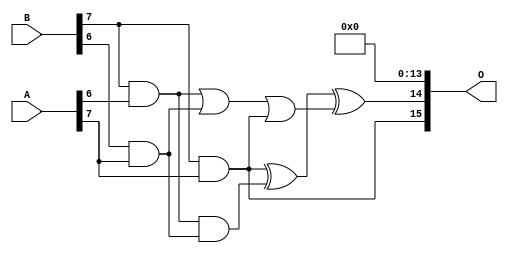
/***
* This code is a part of EvoApproxLib library (ehw.fit.vutbr.cz/approxlib) distributed under The MIT License.
* When used, please cite the following article(s): PRABAKARAN B. S., MRAZEK V., VASICEK Z., SEKANINA L., SHAFIQUE M. ApproxFPGAs: Embracing ASIC-based Approximate Arithmetic Components for FPGA-Based Systems. DAC 2020. 
***/
// MAE% = 0.0041 %
// MAE = 175888 
// WCE% = 0.022 %
// WCE = 951245 
// WCRE% = 300.00 %
// EP% = 99.99 %
// MRE% = 0.20 %
// MSE = 46853.997e6 
// FPGA_POWER = 2.9
// FPGA_DELAY = 13
// FPGA_LUT = 158

module mult8_cgp14ep_ep65536_wc16384_2_csamcsa (
    A,
    B,
    O
);

input [7:0] A;
input [7:0] B;
output [15:0] O;

wire sig_225,sig_267,sig_268,sig_299,sig_300,sig_302,sig_328,sig_331;

assign sig_225 = B[7] & A[6];
assign sig_267 = B[6] & A[7];
assign sig_268 = B[7] & A[7];
assign sig_299 = sig_225 | sig_267;
assign sig_300 = sig_225 & sig_267;
assign sig_302 = sig_299 | sig_268;
assign sig_328 = sig_268 ^ sig_300;
assign sig_331 = sig_328 ^ sig_302;

assign O[15] = sig_268;
assign O[14] = sig_331;
assign O[13] = 1'b0;
assign O[12] = 1'b0;
assign O[11] = 1'b0;
assign O[10] = 1'b0;
assign O[9] = 1'b0;
assign O[8] = 1'b0;
assign O[7] = 1'b0;
assign O[6] = 1'b0;
assign O[5] = 1'b0;
assign O[4] = 1'b0;
assign O[3] = 1'b0;
assign O[2] = 1'b0;
assign O[1] = 1'b0;
assign O[0] = 1'b0;

endmodule

module mult8_cgp14zr_wc1805_rcam (
    A,
    B,
    O
);

input [7:0] A;
input [7:0] B;
output [15:0] O;

wire sig_73,sig_118,sig_146,sig_151,sig_152,sig_161,sig_162,sig_163,sig_190,sig_191,sig_193,sig_194,sig_195,sig_196,sig_197,sig_198,sig_199,sig_200,sig_205,sig_206;
wire sig_207,sig_208,sig_226,sig_227,sig_231,sig_232,sig_234,sig_235,sig_236,sig_237,sig_238,sig_239,sig_240,sig_241,sig_242,sig_243,sig_244,sig_245,sig_249,sig_250;
wire sig_251,sig_252,sig_253,sig_263,sig_271,sig_272,sig_273,sig_274,sig_275,sig_276,sig_278,sig_279,sig_280,sig_281,sig_282,sig_283,sig_284,sig_285,sig_286,sig_287;
wire sig_288,sig_289,sig_290,sig_293,sig_294,sig_295,sig_296,sig_297,sig_298,sig_306,sig_307,sig_311,sig_312,sig_313,sig_314,sig_315,sig_316,sig_317,sig_318,sig_319;
wire sig_320,sig_321,sig_322,sig_323,sig_324,sig_325,sig_326,sig_327,sig_328,sig_329,sig_330,sig_331,sig_332,sig_333,sig_334,sig_335;

assign sig_73 = B[7] & A[2];
assign sig_118 = B[7] & A[3];
assign sig_146 = A[3] & B[6];
assign sig_151 = sig_73 ^ sig_118;
assign sig_152 = sig_73 & A[3];
assign sig_161 = B[5] & A[4];
assign sig_162 = B[6] & A[4];
assign sig_163 = B[7] & A[4];
assign sig_190 = sig_162 | sig_146;
assign sig_191 = sig_151 ^ sig_162;
assign sig_193 = sig_151 & sig_146;
assign sig_194 = sig_191 ^ sig_190;
assign sig_195 = sig_162 | sig_193;
assign sig_196 = sig_152 ^ sig_163;
assign sig_197 = sig_152 & sig_163;
assign sig_198 = sig_163 & sig_195;
assign sig_199 = sig_196 ^ sig_195;
assign sig_200 = sig_197 | sig_198;
assign sig_205 = B[4] & A[5];
assign sig_206 = B[5] & A[5];
assign sig_207 = B[6] & A[5];
assign sig_208 = B[7] & A[5];
assign sig_226 = sig_161 | sig_205;
assign sig_227 = sig_161 & sig_205;
assign sig_231 = sig_194 ^ sig_206;
assign sig_232 = sig_194 & sig_206;
assign sig_234 = sig_231 ^ sig_227;
assign sig_235 = sig_232 | sig_227;
assign sig_236 = sig_199 ^ sig_207;
assign sig_237 = sig_199 & sig_207;
assign sig_238 = sig_236 & sig_235;
assign sig_239 = sig_236 ^ sig_235;
assign sig_240 = sig_237 | sig_238;
assign sig_241 = sig_200 ^ sig_208;
assign sig_242 = sig_200 & sig_208;
assign sig_243 = sig_208 & sig_240;
assign sig_244 = sig_241 ^ sig_240;
assign sig_245 = sig_242 | sig_243;
assign sig_249 = B[3] & A[6];
assign sig_250 = B[4] & A[6];
assign sig_251 = B[5] & A[6];
assign sig_252 = B[6] & A[6];
assign sig_253 = B[7] & A[6];
assign sig_263 = sig_239 & sig_251;
assign sig_271 = sig_234 ^ sig_250;
assign sig_272 = sig_234 & sig_250;
assign sig_273 = sig_271 & sig_249;
assign sig_274 = sig_271 ^ sig_249;
assign sig_275 = sig_272 | sig_273;
assign sig_276 = sig_239 ^ sig_251;
assign sig_278 = sig_276 & sig_275;
assign sig_279 = sig_276 ^ sig_275;
assign sig_280 = sig_263 | sig_278;
assign sig_281 = sig_244 ^ sig_252;
assign sig_282 = sig_244 & sig_252;
assign sig_283 = sig_281 & sig_280;
assign sig_284 = sig_281 ^ sig_280;
assign sig_285 = sig_282 | sig_283;
assign sig_286 = sig_245 ^ sig_253;
assign sig_287 = sig_245 & A[6];
assign sig_288 = sig_253 & sig_285;
assign sig_289 = sig_286 ^ sig_285;
assign sig_290 = sig_287 | sig_288;
assign sig_293 = B[2] & A[7];
assign sig_294 = B[3] & A[7];
assign sig_295 = B[4] & A[7];
assign sig_296 = B[5] & A[7];
assign sig_297 = B[6] & A[7];
assign sig_298 = B[7] & A[7];
assign sig_306 = sig_226 | sig_293;
assign sig_307 = sig_226 & sig_293;
assign sig_311 = sig_274 ^ sig_294;
assign sig_312 = sig_274 & sig_294;
assign sig_313 = sig_311 & sig_307;
assign sig_314 = sig_311 ^ sig_307;
assign sig_315 = sig_312 | sig_313;
assign sig_316 = sig_279 ^ sig_295;
assign sig_317 = sig_279 & sig_295;
assign sig_318 = sig_316 & sig_315;
assign sig_319 = sig_316 ^ sig_315;
assign sig_320 = sig_317 | sig_318;
assign sig_321 = sig_284 ^ sig_296;
assign sig_322 = sig_284 & sig_296;
assign sig_323 = sig_321 & sig_320;
assign sig_324 = sig_321 ^ sig_320;
assign sig_325 = sig_322 | sig_323;
assign sig_326 = sig_289 ^ sig_297;
assign sig_327 = sig_289 & sig_297;
assign sig_328 = sig_326 & sig_325;
assign sig_329 = sig_326 ^ sig_325;
assign sig_330 = sig_327 | sig_328;
assign sig_331 = sig_290 ^ sig_298;
assign sig_332 = sig_290 & A[7];
assign sig_333 = sig_298 & sig_330;
assign sig_334 = sig_331 ^ sig_330;
assign sig_335 = sig_332 | sig_333;

assign O[15] = sig_335;
assign O[14] = sig_334;
assign O[13] = sig_329;
assign O[12] = sig_324;
assign O[11] = sig_319;
assign O[10] = sig_314;
assign O[9] = sig_306;
assign O[8] = 1'b0;
assign O[7] = 1'b0;
assign O[6] = sig_306;
assign O[5] = 1'b0;
assign O[4] = 1'b0;
assign O[3] = sig_252;
assign O[2] = sig_329;
assign O[1] = sig_252;
assign O[0] = sig_314;

endmodule

module mult8_cgp14zr_wc1925_rcam (
    A,
    B,
    O
);

input [7:0] A;
input [7:0] B;
output [15:0] O;

wire sig_72,sig_118,sig_147,sig_151,sig_152,sig_153,sig_154,sig_155,sig_161,sig_162,sig_163,sig_191,sig_192,sig_193,sig_194,sig_195,sig_196,sig_197,sig_198,sig_199;
wire sig_200,sig_205,sig_206,sig_207,sig_208,sig_231,sig_232,sig_236,sig_237,sig_238,sig_239,sig_240,sig_241,sig_242,sig_243,sig_244,sig_245,sig_249,sig_250,sig_251;
wire sig_252,sig_253,sig_271,sig_272,sig_273,sig_274,sig_275,sig_276,sig_277,sig_278,sig_279,sig_280,sig_281,sig_282,sig_283,sig_284,sig_285,sig_286,sig_287,sig_288;
wire sig_289,sig_290,sig_295,sig_296,sig_297,sig_298,sig_307,sig_316,sig_317,sig_318,sig_319,sig_320,sig_321,sig_322,sig_323,sig_324,sig_325,sig_326,sig_327,sig_328;
wire sig_329,sig_330,sig_331,sig_332,sig_333,sig_334,sig_335;

assign sig_72 = B[7] & A[2];
assign sig_118 = B[7] & A[3];
assign sig_147 = B[6] & A[3];
assign sig_151 = sig_72 ^ sig_118;
assign sig_152 = sig_72 & A[3];
assign sig_153 = B[7] & sig_147;
assign sig_154 = sig_151 ^ sig_147;
assign sig_155 = sig_152 | sig_153;
assign sig_161 = B[5] & A[4];
assign sig_162 = B[6] & A[4];
assign sig_163 = B[7] & A[4];
assign sig_191 = sig_154 ^ sig_162;
assign sig_192 = sig_154 & sig_162;
assign sig_193 = sig_191 & sig_161;
assign sig_194 = sig_191 ^ sig_161;
assign sig_195 = sig_192 | sig_193;
assign sig_196 = sig_155 ^ sig_163;
assign sig_197 = sig_155 & sig_163;
assign sig_198 = B[7] & sig_195;
assign sig_199 = sig_196 ^ sig_195;
assign sig_200 = sig_197 | sig_198;
assign sig_205 = B[4] & A[5];
assign sig_206 = B[5] & A[5];
assign sig_207 = B[6] & A[5];
assign sig_208 = B[7] & A[5];
assign sig_231 = sig_194 ^ sig_206;
assign sig_232 = sig_194 & sig_206;
assign sig_236 = sig_199 ^ sig_207;
assign sig_237 = sig_199 & sig_207;
assign sig_238 = sig_236 & sig_232;
assign sig_239 = sig_236 ^ sig_232;
assign sig_240 = sig_237 | sig_238;
assign sig_241 = sig_200 ^ sig_208;
assign sig_242 = sig_200 & sig_208;
assign sig_243 = B[7] & sig_240;
assign sig_244 = sig_241 ^ sig_240;
assign sig_245 = sig_242 | sig_243;
assign sig_249 = B[2] & A[6];
assign sig_250 = B[4] & A[6];
assign sig_251 = B[5] & A[6];
assign sig_252 = B[6] & A[6];
assign sig_253 = B[7] & A[6];
assign sig_271 = sig_231 ^ sig_250;
assign sig_272 = sig_231 & sig_250;
assign sig_273 = sig_271 & sig_249;
assign sig_274 = sig_271 ^ sig_249;
assign sig_275 = sig_272 | sig_273;
assign sig_276 = sig_239 ^ sig_251;
assign sig_277 = sig_239 & sig_251;
assign sig_278 = sig_276 & sig_275;
assign sig_279 = sig_276 ^ sig_275;
assign sig_280 = sig_277 | sig_278;
assign sig_281 = sig_244 ^ sig_252;
assign sig_282 = sig_244 & sig_252;
assign sig_283 = sig_281 & sig_280;
assign sig_284 = sig_281 ^ sig_280;
assign sig_285 = sig_282 | sig_283;
assign sig_286 = sig_245 ^ sig_253;
assign sig_287 = sig_245 & sig_253;
assign sig_288 = sig_253 & sig_285;
assign sig_289 = sig_286 ^ sig_285;
assign sig_290 = sig_287 | sig_288;
assign sig_295 = B[4] & A[7];
assign sig_296 = B[5] & A[7];
assign sig_297 = B[6] & A[7];
assign sig_298 = B[7] & A[7];
assign sig_307 = A[7] & B[3];
assign sig_316 = sig_279 ^ sig_295;
assign sig_317 = sig_279 & sig_295;
assign sig_318 = sig_316 & sig_307;
assign sig_319 = sig_316 ^ sig_307;
assign sig_320 = sig_317 | sig_318;
assign sig_321 = sig_284 ^ sig_296;
assign sig_322 = sig_284 & sig_296;
assign sig_323 = sig_321 & sig_320;
assign sig_324 = sig_321 ^ sig_320;
assign sig_325 = sig_322 | sig_323;
assign sig_326 = sig_289 ^ sig_297;
assign sig_327 = sig_289 & sig_297;
assign sig_328 = sig_326 & sig_325;
assign sig_329 = sig_326 ^ sig_325;
assign sig_330 = sig_327 | sig_328;
assign sig_331 = sig_290 ^ sig_298;
assign sig_332 = sig_290 & A[7];
assign sig_333 = sig_298 & sig_330;
assign sig_334 = sig_331 ^ sig_330;
assign sig_335 = sig_332 | sig_333;

assign O[15] = sig_335;
assign O[14] = sig_334;
assign O[13] = sig_329;
assign O[12] = sig_324;
assign O[11] = sig_319;
assign O[10] = sig_274;
assign O[9] = sig_205;
assign O[8] = sig_205;
assign O[7] = 1'b0;
assign O[6] = 1'b0;
assign O[5] = sig_250;
assign O[4] = 1'b0;
assign O[3] = sig_194;
assign O[2] = sig_163;
assign O[1] = sig_205;
assign O[0] = 1'b0;

endmodule



module mul8_364(A, B, O);
  input [7:0] A;
  input [7:0] B;
  output [15:0] O;
  wire [2031:0] N;

  assign N[0] = A[0];
  assign N[1] = A[0];
  assign N[2] = A[1];
  assign N[3] = A[1];
  assign N[4] = A[2];
  assign N[5] = A[2];
  assign N[6] = A[3];
  assign N[7] = A[3];
  assign N[8] = A[4];
  assign N[9] = A[4];
  assign N[10] = A[5];
  assign N[11] = A[5];
  assign N[12] = A[6];
  assign N[13] = A[6];
  assign N[14] = A[7];
  assign N[15] = A[7];
  assign N[16] = B[0];
  assign N[17] = B[0];
  assign N[18] = B[1];
  assign N[19] = B[1];
  assign N[20] = B[2];
  assign N[21] = B[2];
  assign N[22] = B[3];
  assign N[23] = B[3];
  assign N[24] = B[4];
  assign N[25] = B[4];
  assign N[26] = B[5];
  assign N[27] = B[5];
  assign N[28] = B[6];
  assign N[29] = B[6];
  assign N[30] = B[7];
  assign N[31] = B[7];

  PDKGENAND2X1 n32(.A(N[0]), .B(N[16]), .Y(N[32]));
  PDKGENAND2X1 n48(.A(N[2]), .B(N[16]), .Y(N[48]));
  PDKGENAND2X1 n64(.A(N[4]), .B(N[16]), .Y(N[64]));
  PDKGENAND2X1 n82(.A(N[6]), .B(N[16]), .Y(N[82]));
  PDKGENAND2X1 n98(.A(N[8]), .B(N[16]), .Y(N[98]));
  PDKGENAND2X1 n114(.A(N[10]), .B(N[16]), .Y(N[114]));
  PDKGENAND2X1 n132(.A(N[12]), .B(N[16]), .Y(N[132]));
  PDKGENAND2X1 n148(.A(N[14]), .B(N[16]), .Y(N[148]));
  assign N[149] = N[148];
  PDKGENAND2X1 n164(.A(N[0]), .B(N[18]), .Y(N[164]));
  PDKGENBUFX2 n166(.A(N[149]), .Y(N[166]));
  assign N[167] = N[166];
  PDKGENAND2X1 n182(.A(N[2]), .B(N[18]), .Y(N[182]));
  PDKGENAND2X1 n198(.A(N[4]), .B(N[18]), .Y(N[198]));
  PDKGENAND2X1 n214(.A(N[6]), .B(N[18]), .Y(N[214]));
  PDKGENAND2X1 n232(.A(N[8]), .B(N[18]), .Y(N[232]));
  PDKGENAND2X1 n248(.A(N[10]), .B(N[18]), .Y(N[248]));
  PDKGENAND2X1 n264(.A(N[12]), .B(N[18]), .Y(N[264]));
  PDKGENAND2X1 n282(.A(N[14]), .B(N[18]), .Y(N[282]));
  PDKGENHAX1 n298(.A(N[48]), .B(N[164]), .YS(N[298]), .YC(N[299]));
  PDKGENHAX1 n314(.A(N[64]), .B(N[182]), .YS(N[314]), .YC(N[315]));
  PDKGENHAX1 n332(.A(N[82]), .B(N[198]), .YS(N[332]), .YC(N[333]));
  PDKGENHAX1 n348(.A(N[98]), .B(N[214]), .YS(N[348]), .YC(N[349]));
  PDKGENHAX1 n364(.A(N[114]), .B(N[232]), .YS(N[364]), .YC(N[365]));
  PDKGENHAX1 n382(.A(N[132]), .B(N[248]), .YS(N[382]), .YC(N[383]));
  PDKGENHAX1 n398(.A(N[167]), .B(N[264]), .YS(N[398]), .YC(N[399]));
  PDKGENAND2X1 n414(.A(N[0]), .B(N[20]), .Y(N[414]));
  PDKGENAND2X1 n432(.A(N[2]), .B(N[20]), .Y(N[432]));
  PDKGENAND2X1 n448(.A(N[4]), .B(N[20]), .Y(N[448]));
  PDKGENAND2X1 n464(.A(N[6]), .B(N[20]), .Y(N[464]));
  PDKGENAND2X1 n482(.A(N[8]), .B(N[20]), .Y(N[482]));
  PDKGENAND2X1 n498(.A(N[10]), .B(N[20]), .Y(N[498]));
  PDKGENAND2X1 n514(.A(N[12]), .B(N[20]), .Y(N[514]));
  PDKGENAND2X1 n532(.A(N[14]), .B(N[20]), .Y(N[532]));
  PDKGENFAX1 n548(.A(N[314]), .B(N[414]), .C(N[299]), .YS(N[548]), .YC(N[549]));
  PDKGENFAX1 n564(.A(N[332]), .B(N[432]), .C(N[315]), .YS(N[564]), .YC(N[565]));
  PDKGENFAX1 n582(.A(N[348]), .B(N[448]), .C(N[333]), .YS(N[582]), .YC(N[583]));
  PDKGENFAX1 n598(.A(N[364]), .B(N[464]), .C(N[349]), .YS(N[598]), .YC(N[599]));
  PDKGENFAX1 n614(.A(N[382]), .B(N[482]), .C(N[365]), .YS(N[614]), .YC(N[615]));
  PDKGENFAX1 n632(.A(N[398]), .B(N[498]), .C(N[383]), .YS(N[632]), .YC(N[633]));
  PDKGENFAX1 n648(.A(N[282]), .B(N[514]), .C(N[399]), .YS(N[648]), .YC(N[649]));
  PDKGENAND2X1 n664(.A(N[0]), .B(N[22]), .Y(N[664]));
  PDKGENAND2X1 n682(.A(N[2]), .B(N[22]), .Y(N[682]));
  PDKGENAND2X1 n698(.A(N[4]), .B(N[22]), .Y(N[698]));
  PDKGENAND2X1 n714(.A(N[6]), .B(N[22]), .Y(N[714]));
  PDKGENAND2X1 n732(.A(N[8]), .B(N[22]), .Y(N[732]));
  PDKGENAND2X1 n748(.A(N[10]), .B(N[22]), .Y(N[748]));
  PDKGENAND2X1 n764(.A(N[12]), .B(N[22]), .Y(N[764]));
  PDKGENAND2X1 n782(.A(N[14]), .B(N[22]), .Y(N[782]));
  PDKGENFAX1 n798(.A(N[564]), .B(N[664]), .C(N[549]), .YS(N[798]), .YC(N[799]));
  PDKGENFAX1 n814(.A(N[582]), .B(N[682]), .C(N[565]), .YS(N[814]), .YC(N[815]));
  PDKGENFAX1 n832(.A(N[598]), .B(N[698]), .C(N[583]), .YS(N[832]), .YC(N[833]));
  PDKGENFAX1 n848(.A(N[614]), .B(N[714]), .C(N[599]), .YS(N[848]), .YC(N[849]));
  PDKGENFAX1 n864(.A(N[632]), .B(N[732]), .C(N[615]), .YS(N[864]), .YC(N[865]));
  PDKGENFAX1 n882(.A(N[648]), .B(N[748]), .C(N[633]), .YS(N[882]), .YC(N[883]));
  PDKGENFAX1 n898(.A(N[532]), .B(N[764]), .C(N[649]), .YS(N[898]), .YC(N[899]));
  PDKGENAND2X1 n914(.A(N[0]), .B(N[24]), .Y(N[914]));
  PDKGENAND2X1 n932(.A(N[2]), .B(N[24]), .Y(N[932]));
  PDKGENAND2X1 n948(.A(N[4]), .B(N[24]), .Y(N[948]));
  PDKGENAND2X1 n964(.A(N[6]), .B(N[24]), .Y(N[964]));
  PDKGENAND2X1 n982(.A(N[8]), .B(N[24]), .Y(N[982]));
  PDKGENAND2X1 n998(.A(N[10]), .B(N[24]), .Y(N[998]));
  PDKGENAND2X1 n1014(.A(N[12]), .B(N[24]), .Y(N[1014]));
  PDKGENAND2X1 n1032(.A(N[14]), .B(N[24]), .Y(N[1032]));
  PDKGENFAX1 n1048(.A(N[814]), .B(N[914]), .C(N[799]), .YS(N[1048]), .YC(N[1049]));
  PDKGENFAX1 n1064(.A(N[832]), .B(N[932]), .C(N[815]), .YS(N[1064]), .YC(N[1065]));
  PDKGENFAX1 n1082(.A(N[848]), .B(N[948]), .C(N[833]), .YS(N[1082]), .YC(N[1083]));
  PDKGENFAX1 n1098(.A(N[864]), .B(N[964]), .C(N[849]), .YS(N[1098]), .YC(N[1099]));
  PDKGENFAX1 n1114(.A(N[882]), .B(N[982]), .C(N[865]), .YS(N[1114]), .YC(N[1115]));
  PDKGENFAX1 n1132(.A(N[898]), .B(N[998]), .C(N[883]), .YS(N[1132]), .YC(N[1133]));
  PDKGENFAX1 n1148(.A(N[782]), .B(N[1014]), .C(N[899]), .YS(N[1148]), .YC(N[1149]));
  PDKGENAND2X1 n1164(.A(N[0]), .B(N[26]), .Y(N[1164]));
  PDKGENAND2X1 n1182(.A(N[2]), .B(N[26]), .Y(N[1182]));
  PDKGENAND2X1 n1198(.A(N[4]), .B(N[26]), .Y(N[1198]));
  PDKGENAND2X1 n1214(.A(N[6]), .B(N[26]), .Y(N[1214]));
  PDKGENAND2X1 n1232(.A(N[8]), .B(N[26]), .Y(N[1232]));
  PDKGENAND2X1 n1248(.A(N[10]), .B(N[26]), .Y(N[1248]));
  PDKGENAND2X1 n1264(.A(N[12]), .B(N[26]), .Y(N[1264]));
  PDKGENAND2X1 n1282(.A(N[14]), .B(N[26]), .Y(N[1282]));
  PDKGENFAX1 n1298(.A(N[1064]), .B(N[1164]), .C(N[1049]), .YS(N[1298]), .YC(N[1299]));
  PDKGENFAX1 n1314(.A(N[1082]), .B(N[1182]), .C(N[1065]), .YS(N[1314]), .YC(N[1315]));
  PDKGENFAX1 n1332(.A(N[1098]), .B(N[1198]), .C(N[1083]), .YS(N[1332]), .YC(N[1333]));
  PDKGENFAX1 n1348(.A(N[1114]), .B(N[1214]), .C(N[1099]), .YS(N[1348]), .YC(N[1349]));
  PDKGENFAX1 n1364(.A(N[1132]), .B(N[1232]), .C(N[1115]), .YS(N[1364]), .YC(N[1365]));
  PDKGENFAX1 n1382(.A(N[1148]), .B(N[1248]), .C(N[1133]), .YS(N[1382]), .YC(N[1383]));
  PDKGENFAX1 n1398(.A(N[1032]), .B(N[1264]), .C(N[1149]), .YS(N[1398]), .YC(N[1399]));
  PDKGENAND2X1 n1414(.A(N[0]), .B(N[28]), .Y(N[1414]));
  PDKGENAND2X1 n1432(.A(N[2]), .B(N[28]), .Y(N[1432]));
  PDKGENAND2X1 n1448(.A(N[4]), .B(N[28]), .Y(N[1448]));
  PDKGENAND2X1 n1464(.A(N[6]), .B(N[28]), .Y(N[1464]));
  PDKGENAND2X1 n1482(.A(N[8]), .B(N[28]), .Y(N[1482]));
  PDKGENAND2X1 n1498(.A(N[10]), .B(N[28]), .Y(N[1498]));
  PDKGENAND2X1 n1514(.A(N[12]), .B(N[28]), .Y(N[1514]));
  PDKGENAND2X1 n1532(.A(N[14]), .B(N[28]), .Y(N[1532]));
  PDKGENFAX1 n1548(.A(N[1314]), .B(N[1414]), .C(N[1299]), .YS(N[1548]), .YC(N[1549]));
  PDKGENFAX1 n1564(.A(N[1332]), .B(N[1432]), .C(N[1315]), .YS(N[1564]), .YC(N[1565]));
  PDKGENFAX1 n1582(.A(N[1348]), .B(N[1448]), .C(N[1333]), .YS(N[1582]), .YC(N[1583]));
  PDKGENFAX1 n1598(.A(N[1364]), .B(N[1464]), .C(N[1349]), .YS(N[1598]), .YC(N[1599]));
  PDKGENFAX1 n1614(.A(N[1382]), .B(N[1482]), .C(N[1365]), .YS(N[1614]), .YC(N[1615]));
  PDKGENFAX1 n1632(.A(N[1398]), .B(N[1498]), .C(N[1383]), .YS(N[1632]), .YC(N[1633]));
  PDKGENFAX1 n1648(.A(N[1282]), .B(N[1514]), .C(N[1399]), .YS(N[1648]), .YC(N[1649]));
  PDKGENAND2X1 n1664(.A(N[0]), .B(N[30]), .Y(N[1664]));
  PDKGENAND2X1 n1682(.A(N[2]), .B(N[30]), .Y(N[1682]));
  PDKGENAND2X1 n1698(.A(N[4]), .B(N[30]), .Y(N[1698]));
  PDKGENAND2X1 n1714(.A(N[6]), .B(N[30]), .Y(N[1714]));
  PDKGENAND2X1 n1732(.A(N[8]), .B(N[30]), .Y(N[1732]));
  PDKGENAND2X1 n1748(.A(N[10]), .B(N[30]), .Y(N[1748]));
  PDKGENAND2X1 n1764(.A(N[12]), .B(N[30]), .Y(N[1764]));
  PDKGENAND2X1 n1782(.A(N[14]), .B(N[30]), .Y(N[1782]));
  PDKGENFAX1 n1798(.A(N[1564]), .B(N[1664]), .C(N[1549]), .YS(N[1798]), .YC(N[1799]));
  PDKGENFAX1 n1814(.A(N[1582]), .B(N[1682]), .C(N[1565]), .YS(N[1814]), .YC(N[1815]));
  PDKGENFAX1 n1832(.A(N[1598]), .B(N[1698]), .C(N[1583]), .YS(N[1832]), .YC(N[1833]));
  PDKGENFAX1 n1848(.A(N[1614]), .B(N[1714]), .C(N[1599]), .YS(N[1848]), .YC(N[1849]));
  PDKGENFAX1 n1864(.A(N[1632]), .B(N[1732]), .C(N[1615]), .YS(N[1864]), .YC(N[1865]));
  PDKGENFAX1 n1882(.A(N[1648]), .B(N[1748]), .C(N[1633]), .YS(N[1882]), .YC(N[1883]));
  PDKGENFAX1 n1898(.A(N[1532]), .B(N[1764]), .C(N[1649]), .YS(N[1898]), .YC(N[1899]));
  PDKGENHAX1 n1914(.A(N[1814]), .B(N[1799]), .YS(N[1914]), .YC(N[1915]));
  PDKGENFAX1 n1932(.A(N[1832]), .B(N[1815]), .C(N[1915]), .YS(N[1932]), .YC(N[1933]));
  PDKGENFAX1 n1948(.A(N[1848]), .B(N[1833]), .C(N[1933]), .YS(N[1948]), .YC(N[1949]));
  PDKGENFAX1 n1964(.A(N[1864]), .B(N[1849]), .C(N[1949]), .YS(N[1964]), .YC(N[1965]));
  PDKGENFAX1 n1982(.A(N[1882]), .B(N[1865]), .C(N[1965]), .YS(N[1982]), .YC(N[1983]));
  PDKGENFAX1 n1998(.A(N[1898]), .B(N[1883]), .C(N[1983]), .YS(N[1998]), .YC(N[1999]));
  PDKGENFAX1 n2014(.A(N[1782]), .B(N[1899]), .C(N[1999]), .YS(N[2014]), .YC(N[2015]));

  assign O[0] = N[32];
  assign O[1] = N[298];
  assign O[2] = N[548];
  assign O[3] = N[798];
  assign O[4] = N[1048];
  assign O[5] = N[1298];
  assign O[6] = N[1548];
  assign O[7] = N[1798];
  assign O[8] = N[1914];
  assign O[9] = N[1932];
  assign O[10] = N[1948];
  assign O[11] = N[1964];
  assign O[12] = N[1982];
  assign O[13] = N[1998];
  assign O[14] = N[2014];
  assign O[15] = N[2015];

endmodule

module CLA32bit(a,b,c_in,sum,c_out);

input [31:0]a,b;
input c_in;
output [31:0]sum;
output c_out;

wire [31:0] sum_out,  p,  g;
wire [7:0] PPP, GGG;
wire [8:0] CC;

assign p[31:0] = a[31:0] ^ b[31:0];
assign g[31:0] = a[31:0] & b[31:0];

assign PPP[0]= p [3] & p [2] & p [1] & p [0];
assign PPP[1]= p [7] & p [6] & p [5] & p [4];
assign PPP[2]= p[11] & p[10] & p [9] & p [8];
assign PPP[3]= p[15] & p[14] & p[13] & p[12];
assign PPP[4]= p[19] & p[18] & p[17] & p[16];
assign PPP[5]= p[23] & p[22] & p[21] & p[20];
assign PPP[6]= p[27] & p[26] & p[25] & p[24];
assign PPP[7]= p[31] & p[30] & p[29] & p[28];

assign GGG[0]= g[3]  | (p [3] & g [2])  | (p [3] & p [2] & g [1])  | (p [3] & p [2] & p [1] & g [0]) ;
assign GGG[1]= g[7]  | (p [7] & g [6])  | (p [7] & p [6] & g [5])  | (p [7] & p [6] & p [5] & g [4]);
assign GGG[2]= g[11] | (p[11] & g[10])  | (p[11] & p[10] & g [9])  | (p[11] & p[10] & p [9] & g [8]);
assign GGG[3]= g[15] | (p[15] & g[14])  | (p[15] & p[14] & g[13])  | (p[15] & p[14] & p[13] & g[12]);
assign GGG[4]= g[19] | (p[19] & g[18])  | (p[19] & p[18] & g[17])  | (p[19] & p[18] & p[17] & g[16]);
assign GGG[5]= g[23] | (p[23] & g[22])  | (p[23] & p[22] & g[21])  | (p[23] & p[22] & p[21] & g[20]);
assign GGG[6]= g[27] | (p[27] & g[26])  | (p[27] & p[26] & g[25])  | (p[27] & p[26] & p[25] & g[24]);
assign GGG[7]= g[31] | (p[31] & g[30])  | (p[31] & p[30] & g[29])  | (p[31] & p[30] & p[29] & g[28]);
assign CC[0] = c_in;
assign CC[1] = GGG[0]  |  PPP[0]&  CC[0];
assign CC[2] = GGG[1]  |  PPP[1]&GGG[0]  |  PPP[1]&PPP[0]&  CC[0];
assign CC[3] = GGG[2]  |  PPP[2]&GGG[1]  |  PPP[2]&PPP[1]&GGG[0]  |  PPP[2]&PPP[1]&PPP[0]&  CC[0];
assign CC[4] = GGG[3]  |  PPP[3]&GGG[2]  |  PPP[3]&PPP[2]&GGG[1]  |  PPP[3]&PPP[2]&PPP[1]&GGG[0]  |  PPP[3]&PPP[2]&PPP[1]&PPP[0]&  CC[0];
assign CC[5] = GGG[4]  |  PPP[4]&GGG[3]  |  PPP[4]&PPP[3]&GGG[2]  |  PPP[4]&PPP[3]&PPP[2]&GGG[1]  |  PPP[4]&PPP[3]&PPP[2]&PPP[1]&GGG[0] |  PPP[4]&PPP[3]&PPP[2]&PPP[1]&PPP[0]&  CC[0];
assign CC[6] = GGG[5]  |  PPP[5]&GGG[4]  |  PPP[5]&PPP[4]&GGG[3]  |  PPP[5]&PPP[4]&PPP[3]&GGG[2]  |  PPP[5]&PPP[4]&PPP[3]&PPP[2]&GGG[1] |  PPP[5]&PPP[4]&PPP[3]&PPP[2]&PPP[1]&GGG[0] |  PPP[5]&PPP[4]&PPP[3]&PPP[2]&PPP[1]&PPP[0]& CC[0];
assign CC[7] = GGG[6]  | PPP[6]&GGG[5]  |  PPP[6]&PPP[5]&GGG[4]  |  PPP[6]&PPP[5]&PPP[4]&GGG[3]  |  PPP[6]&PPP[5]&PPP[4]&PPP[3]&GGG[2]  |  PPP[6]&PPP[5]&PPP[4]&PPP[3]&PPP[2]&GGG[1] |  PPP[6]&PPP[5]&PPP[4]&PPP[3]&PPP[2]&PPP[1]&GGG[0] |  PPP[6]&PPP[5]&PPP[4]&PPP[3]&PPP[2]&PPP[1]&PPP[0] & CC[0];
assign CC[8] = GGG[7] | PPP[7]&GGG[6]  | PPP[7]&PPP[6]&GGG[5]  |  PPP[7]&PPP[6]&PPP[5]&GGG[4]  |  PPP[7]&PPP[6]&PPP[5]&PPP[4]&GGG[3]  |  PPP[7]&PPP[6]&PPP[5]&PPP[4]&PPP[3]&GGG[2]  |  PPP[7]&PPP[6]&PPP[5]&PPP[4]&PPP[3]&PPP[2]&GGG[1] |  PPP[7]&PPP[6]&PPP[5]&PPP[4]&PPP[3]&PPP[2]&PPP[1]&GGG[0] |  PPP[7]&PPP[6]&PPP[5]&PPP[4]&PPP[3]&PPP[2]&PPP[1]&PPP[0] & CC[0];
cla_4bit cla4bit1(.aa(a  [3:0]),  .bb(b  [3:0]),  .cin(CC[0]),   .pp(p  [3:0]),  .gg(g  [3:0]),   .summ(sum  [3:0]));
cla_4bit cla4bit2(.aa(a  [7:4]),  .bb(b  [7:4]),  .cin(CC[1]),   .pp(p  [7:4]),  .gg(g  [7:4]),   .summ(sum  [7:4]));
cla_4bit cla4bit3(.aa(a [11:8]),  .bb(b [11:8]),  .cin(CC[2]),   .pp(p [11:8]),  .gg(g [11:8]),   .summ(sum [11:8]));
cla_4bit cla4bit4(.aa(a[15:12]),  .bb(b[15:12]),  .cin(CC[3]),   .pp(p[15:12]),  .gg(g[15:12]),   .summ(sum[15:12]));
cla_4bit cla4bit5(.aa(a[19:16]),  .bb(b[19:16]),  .cin(CC[4]),   .pp(p[19:16]),  .gg(g[19:16]),   .summ(sum[19:16]));
cla_4bit cla4bit6(.aa(a[23:20]),  .bb(b[23:20]),  .cin(CC[5]),   .pp(p[23:20]),  .gg(g[23:20]),   .summ(sum[23:20]));
cla_4bit cla4bit7(.aa(a[27:24]),  .bb(b[27:24]),  .cin(CC[6]),   .pp(p[27:24]),  .gg(g[27:24]),   .summ(sum[27:24]));
cla_4bit cla4bit8(.aa(a[31:28]),  .bb(b[31:28]),  .cin(CC[7]),   .pp(p[31:28]),  .gg(g[31:28]),   .summ(sum[31:28]));

assign c_out=CC[8];

endmodule
module cla_4bit(aa,bb,cin,summ,pp,gg);
input  [3:0] aa,bb,pp,gg;  
input cin;
output [3:0] summ;

wire [3:0] c;

   assign c[0] = cin;
   assign c[1] = gg[0] | (pp[0] & c[0]);
   assign c[2] = gg[1] | (pp[1] & gg[0]) | (pp[1] & pp[0] & c[0]);
   assign c[3] = gg[2] | (pp[2] & gg[1]) | (pp[2] & pp[1] & gg[0])| (pp[2] & pp[1] & pp[0] & c[0]);

   assign summ[3:0] = pp[3:0]  ^  c[3:0];
endmodule

`timescale 1ns/100ps
module mul16u_5N2 ( input[15:0] A,
                   input[15:0] B,
                   output [31:0] O
                 );

wire [15:0] ll,lh,hl,hh;
wire [31:0] llhhlh_sum;
wire [31:0] shifted_llhh, shifted_lh, shifted_hl;

localparam MAX1 = 15;
localparam MIN1 = 8;

localparam MAX2 = 7;
localparam MIN2 = 0;

mult8_cgp14ep_ep65536_wc16384_2_csamcsa LxL (.A(A[MAX2:MIN2]), .B(B[MAX2:MIN2]), .O(ll));
mult8_cgp14zr_wc1925_rcam HxL (.A(A[MAX1:MIN1]), .B(B[MAX2:MIN2]), .O(hl));
mult8_cgp14zr_wc1805_rcam LxH (.A(A[MAX2:MIN2]), .B(B[MAX1:MIN1]), .O(lh));
mul8_364 HxH (.A(A[MAX1:MIN1]), .B(B[MAX1:MIN1]), .O(hh));

assign shifted_llhh = { hh, ll }; 
assign shifted_lh = { {8{1'b0}}, lh, {8{1'b0}}}; 
assign shifted_hl = { {8{1'b0}}, hl, {8{1'b0}}};
CLA32bit LLHHLH (.a(shifted_llhh), .b(shifted_lh), .c_in(1'b0), .sum(llhhlh_sum), .c_out());
CLA32bit SUMO (.a(llhhlh_sum), .b(shifted_hl), .c_in(1'b0), .sum(O), .c_out());

endmodule


/* mod */
module PDKGENBUFX2(input A, output Y );
     assign Y = A;
endmodule
/* mod */
module PDKGENFAX1( input A, input B, input C, output YS, output YC );
    assign YS = (A ^ B) ^ C;
    assign YC = (A & B) | (B & C) | (A & C);
endmodule
/* mod */
module PDKGENAND2X1(input A, input B, output Y );
     assign Y = A & B;
endmodule
/* mod */
module PDKGENHAX1( input A, input B, output YS, output YC );
    assign YS = A ^ B;
    assign YC = A & B;
endmodule